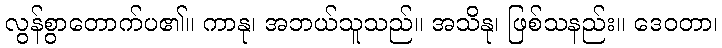
လွန်စွာတောက်ပ၏။ ကာနု၊ အဘယ်သူသည်။ အသိနု၊ ဖြစ်သနည်း။ ဒေဝတာ၊